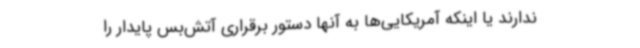
ندارند یا اینکه آمریکایی‌ها به آنها دستور برقراری آتش‌بس پایدار را